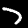
Label: 7